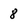
Character: 8